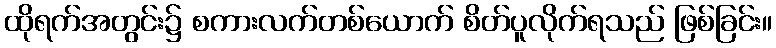
ထိုရက်အတွင်း၌ စကားလက်တစ်ယောက် စိတ်ပူလိုက်ရသည် ဖြစ်ခြင်း။